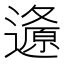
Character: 𲆂